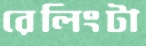
রেলিংটা